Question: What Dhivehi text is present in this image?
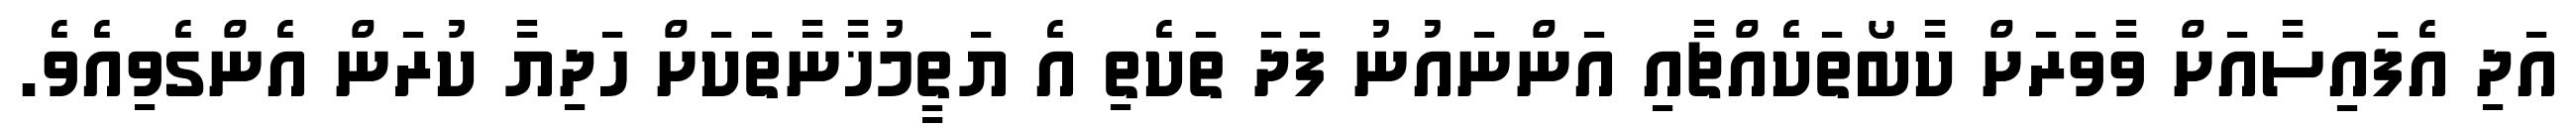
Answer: އަދި އެފައިސާއަށް ވާވަރަށް ކާބޯތަކެއްޗާއި އަންނައުނު ފަދަ ތަކެތި އެ ޔަތީމުޚާނާތަކަށް ހަދިޔާ ކުރަން އެންގެވިއެވެ.